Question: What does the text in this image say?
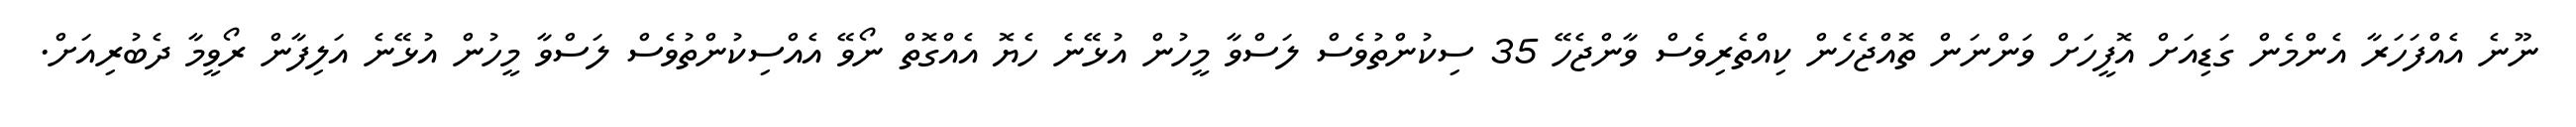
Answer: ނޫނެ އެއްފަހަރާ އެންމެން ގަޑިއަށް އޮފީހަށް ވަންނަން ތޮއްޖެހެން ކިއްތެރިވެސް ވާންޖެހޭ 35 ސިކުންތުވެސް ލަސްވާ މީހުން އުޅޭނެ ހެޔޮ އެއްގޮތް ނޯވޭ އެއްސިކުންތުވެސް ލަސްވާ މީހުން އުޅޭނެ އަލިފާން ރޯވީމާ ދެބުރިއަށް.